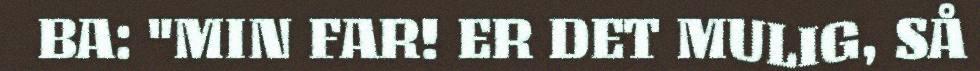
BA: "MIN FAR! ER DET MULIG, SÅ